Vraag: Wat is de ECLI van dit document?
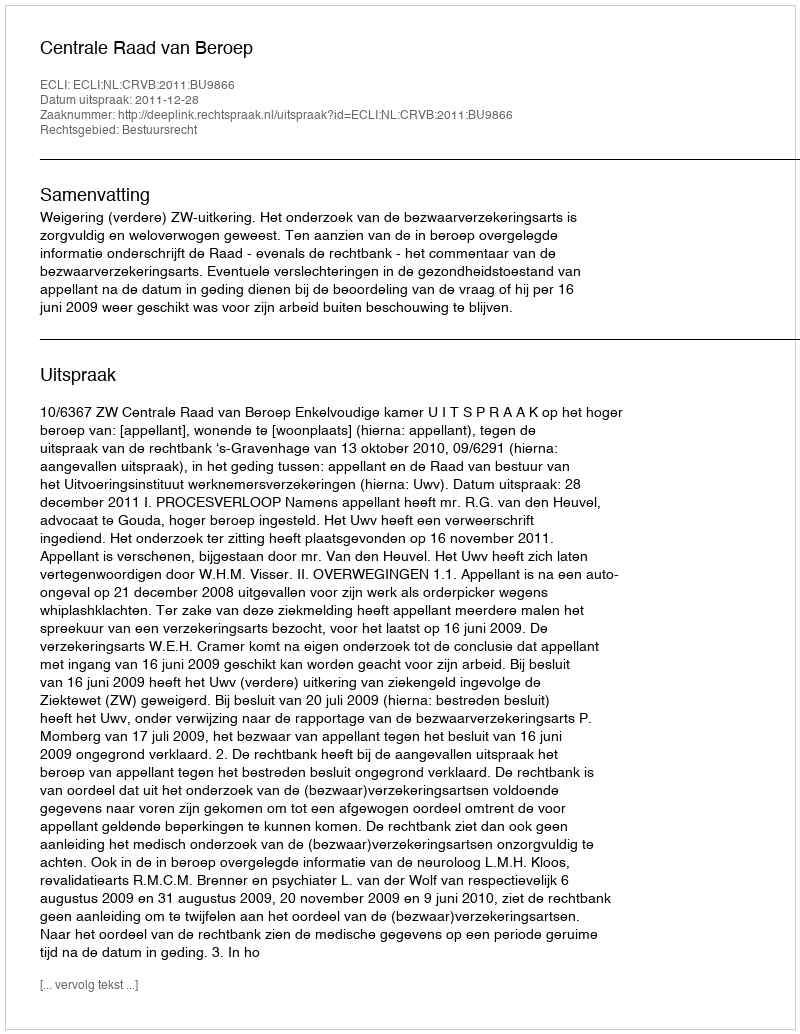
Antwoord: ECLI:NL:CRVB:2011:BU9866